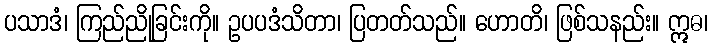
ပသာဒံ၊ ကြည်ညိုခြင်းကို။ ဥပပဒံသိတာ၊ ပြတတ်သည်။ ဟောတိ၊ ဖြစ်သနည်း။ ဣဓ၊